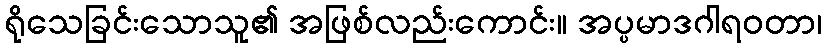
ရိုသေခြင်းသောသူ၏ အဖြစ်လည်းကောင်း။ အပ္ပမာဒဂါရဝတာ၊